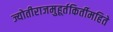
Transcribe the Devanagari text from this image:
ज्योतीराजमुहूर्तकिर्तीमहिते